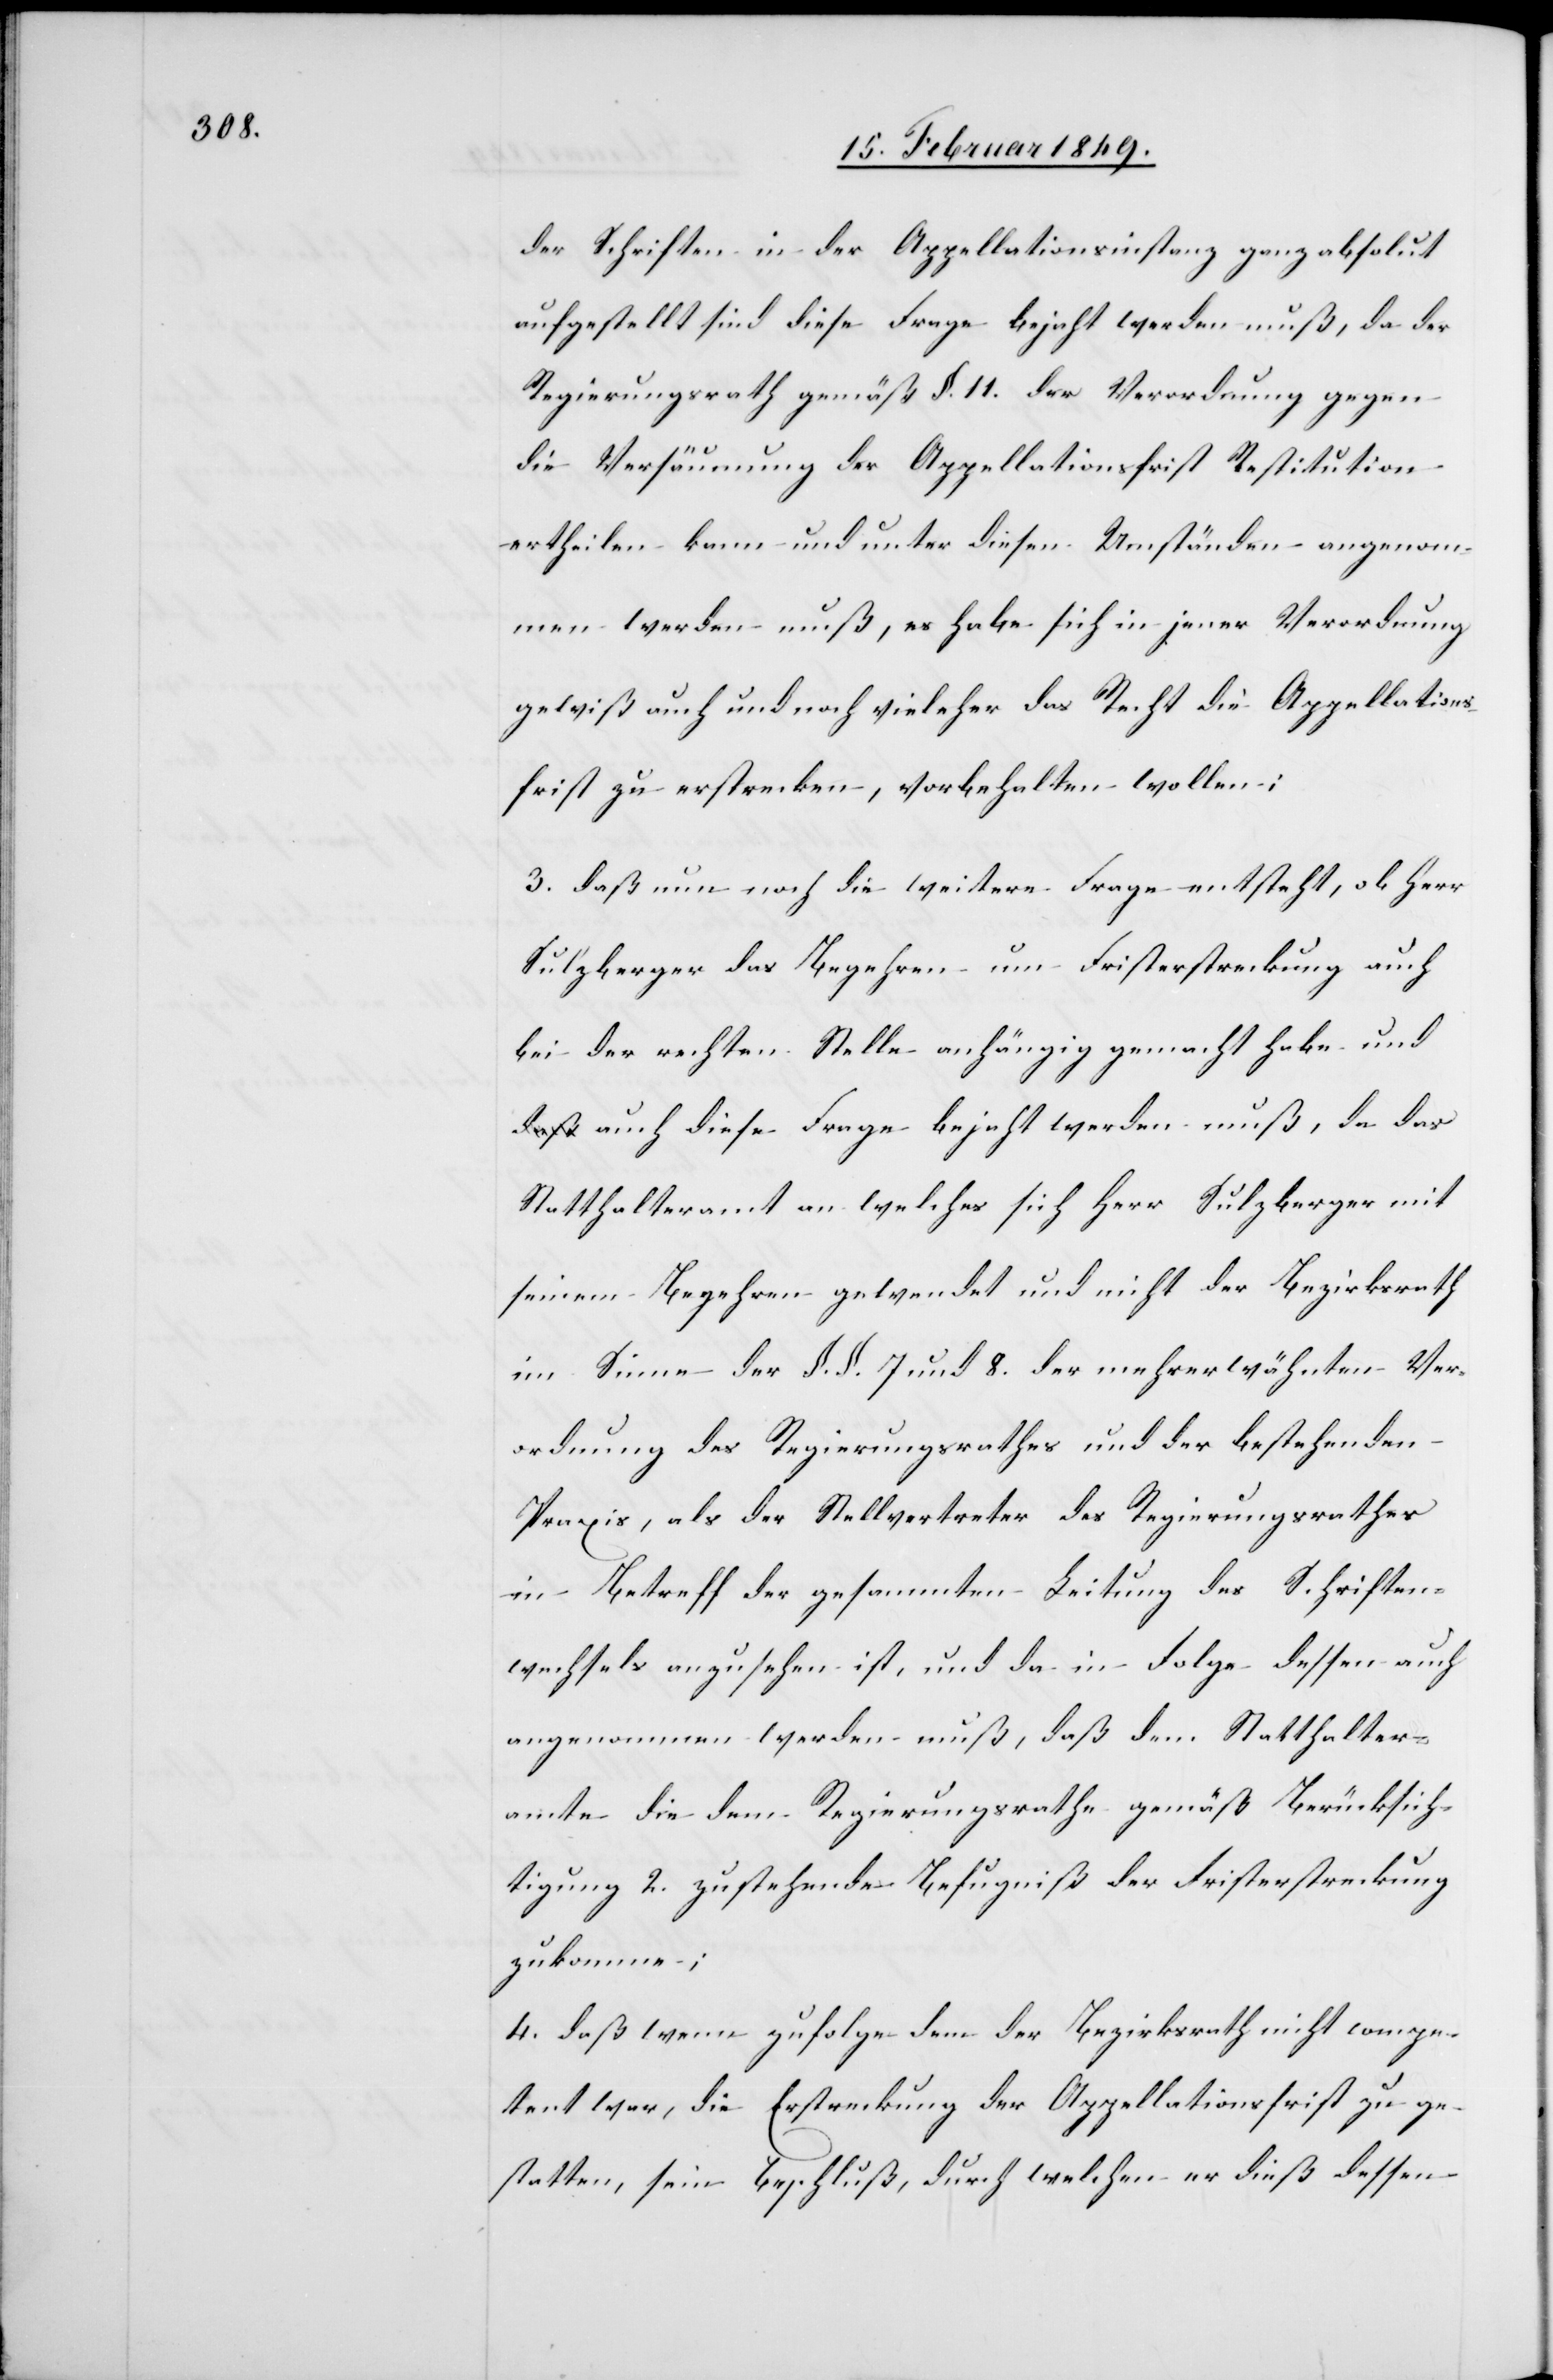
der Schriften in der Appellationsinstanz ganz absolut
aufgestellt sind diese Frage bejaht werden muß, da der
Regierungsrath gemäß §. 11. der Verordnung gegen
die Versäumung der Appellationsfrist Restitution
ertheilen kann und unter diesen Umständen angenom¬
men werden muß, es habe sich in jener Verordnung
gewiß auch und noch vieleher das Recht die Appellations¬
frist zu erstrecken, vorbehalten wollen;
3. daß nun noch die weitere Frage entsteht, ob Herr
Sulzberger das Begehren um Fristerstreckung auch
bei der rechten Stelle anhängig gemacht habe un¬
d auch diese Frage bejaht werden muß, da das
Statthalteramt an welches sich Herr Sulzberger mit
seinem Begehren gewendet und nicht der Bezirksrath
im Sinne der §. §. 7 und 8. der mehrerwähnten Ver¬
ordnung des Regierungsrathes und der bestehenden
Praxis, als der Stellvertreter des Regierungsrathes
in Betreff der gesammten Leitung des Schriften¬
wechsels anzusehen ist, und da in Folge dessen auch
angenommen werden muß, daß dem Statthalter¬
amte die dem Regierungsrathe gemäß Berücksich¬
tigung 2. zustehende Befugniß der Fristerstreckung
zukomme;
4. daß wenn zufolge dem der Bezirksrath nicht compe¬
tent war, die Erstreckung der Appellationsfrist zu ge¬
statten, sein Beschluß, durch welchen er dieß dessen